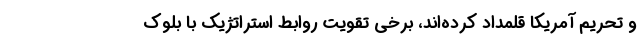
و تحریم آمریکا قلمداد کرده‌اند، برخی تقویت روابط استراتژیک با بلوک